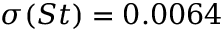
\sigma ( S t ) = 0 . 0 0 6 4